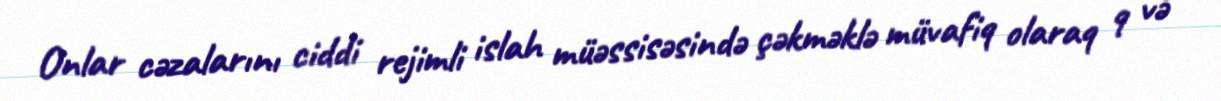
Onlar cəzalarını ciddi rejimli islah müəssisəsində çəkməklə müvafiq olaraq 9 və